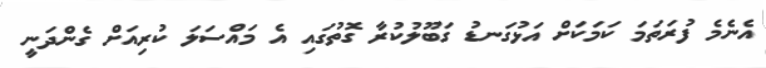
އެނެމެ ފުރަތަމަ ކަމަކަށް އަޅުގަނޑު ގަބޫލުކުރާ ގޮތުގައި އެ މައްސަލަ ކުރިއަށް ގެންދަނީ